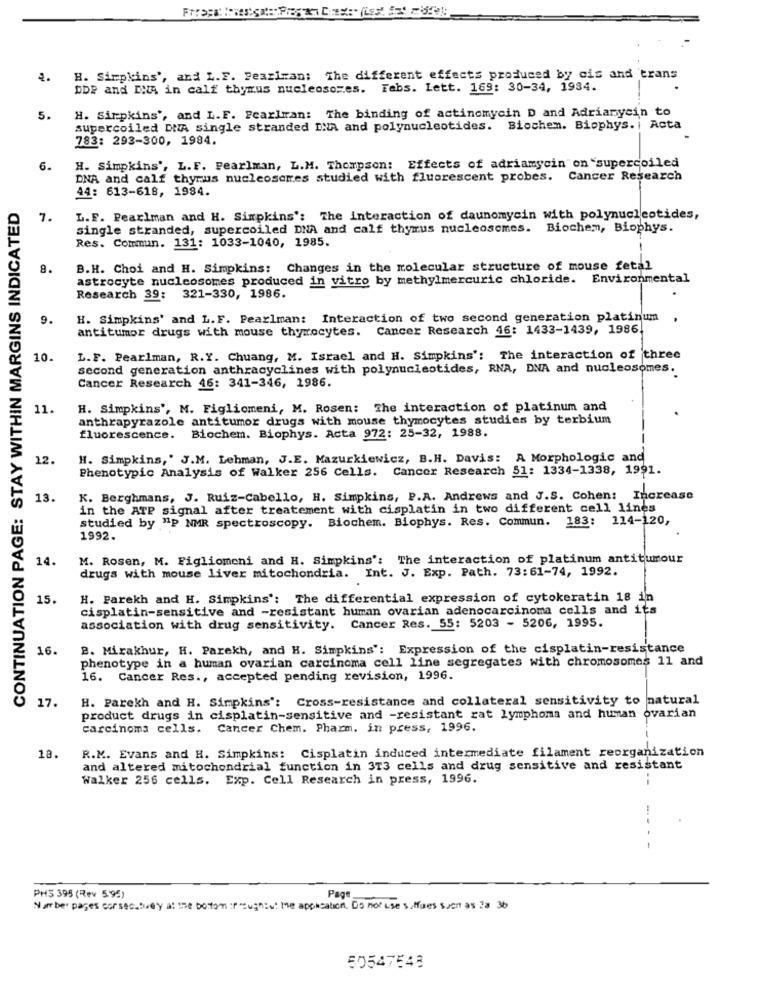
H. Simpkins', and L.F. Feariran: The different effects produced by cis and trans
DbP and INA in calf thymus nucleosomes. Fabs. Lett. 169: 30-34, 1984.
H. Simpkins', and L.F. Pearlman: The binding of actinomycin D and Adriamycin to
5.
supercoiled DA single stranded INA and polynucleotides. Biochem. Biophys. i Acta
783: 293-300, 1984.
6.
H. Simpkins', L.F. Pearlman, L.M. Thompson: Effects of adriamycin"on "supercoiled
DNA and calf thymus nucleosomes studied with fluorescent probes.
Cancer Research
44: 613-618, 1984.
CONTINUATION PAGE: STAY WITHIN MARGINS INDICATED
7.
L.F. Pearlman and H. Simpkins': The interaction of daunomycin with polynucleotides,
single stranded, supercoiled DNA and calf thymus nucleosomes. Biochem, Biophys.
Res. Commun. 131: 1033-1040, 1985.
8.
B.H. Choi and H. Simpkins: Changes in the molecular structure of mouse fetal
astrocyte nucleosomes produced in vitro by methylmercuric chloride. Environmental
Research 39:
321-330, 1986.
9.
H. Simpkins' and L.F. Pearlman: Interaction of two second generation platinum
antitumor drugs with mouse thyrocytes.
Cancer Research 46: 1433-1439, 1986.
10.
L. F. Pearlman, R.Y. Chuang, M. Israel and H. Simpkins': The interaction of three
second generation anthracyclines with polynucleotides, RNA, DNA and nucleosomes.
Cancer Research 46: 341-346, 1986.
11.
H. Simpkins', M. Figliomeni, M. Rosen: The interaction of platinum and
anthrapyrazole antitumor drugs with mouse thymocytes studies by terbium
Biochem. Biophys. Acta 972: 25-32, 1988.
fluorescence.
12.
H. Simpkins," J.M. Lehman, J.E. Mazurkiewicz, B.H. Davis: A Morphologic and
Phenotypic Analysis of Walker 256 Cells. Cancer Research 51: 1334-1338, 1991.
13.
K. Berghmans, J. Ruiz-Cabello, H. Simpkins, P.A. Andrews and J.S. Cohen: Increase
in the ATP signal after treatement with cisplatin in two different cell lines
studied by "p NMR spectroscopy. Biochem. Biophys. Res. Commun. 183: 114-120,
1992.
14.
M. Rosen, M. Figliomeni and H. Simpkins': The interaction of platinum antitumour
drugs with mouse liver mitochondria. Int. J. Exp. Path. 73:61-74, 1992.
15
H. Parekh and H. Simpkins': The differential expression of cytokeratin 18 in
cisplatin-sensitive and -resistant human ovarian adenocarcinoma cells and its
association with drug sensitivity. Cancer Res. 55: 5203 - 5206, 1995.
16.
2. Mirakhur, H. Parekh, and H. Simpkins': Expression of the cisplatin-resistance
phenotype in a human ovarian carcinoma cell line segregates with chromosomes 11 and
16. Cancer Res ., accepted pending revision, 1996.
17.
H. Parekh and H. Simpkins': Cross-resistance and collateral sensitivity to natural
product drugs in cisplatin-sensitive and -resistant rat lymphoma and human ovarian
carcinoma cells. Cancer Chem. Pharm. in press, 1996.
R.K. Evans and H. Simpkins: Cisplatin induced intermediate filament reorganization
18.
and altered mitochondrial function in 313 cells and drug sensitive and resistant
Walker 256 cells. Exp. Cell Research in press, 1996.
-
PHS 395 (Rev 5.95)
Page
Number pages corsec.buey at the botom :proughis the application. Do not use s.ffoes such as 2a 36
50547548